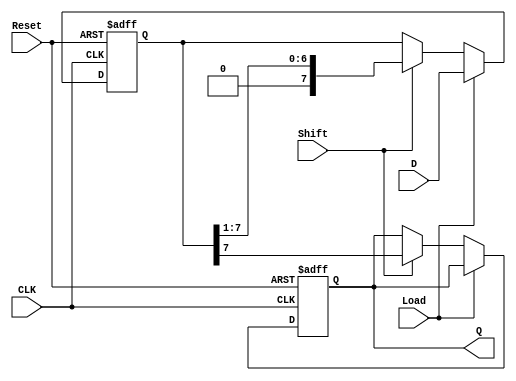
module PISO_Shift_Register #(
    parameter N = 8  // Number of bits in the register
)(
    input wire [N-1:0] D,    // Parallel data inputs
    input wire Shift,         // Shift control signal
    input wire Load,          // Load control signal
    input wire CLK,           // Clock input
    input wire Reset,         // Asynchronous reset
    output reg Q              // Serial output
);

    reg [N-1:0] shift_reg;    // Internal shift register

    always @(posedge CLK or posedge Reset) begin
        if (Reset) begin
            shift_reg <= {N{1'b0}}; // Clear the register on reset
            Q <= 1'b0;              // Clear the output
        end else begin
            if (Load) begin
                shift_reg <= D;     // Load parallel data into the register
            end else if (Shift) begin
                Q <= shift_reg[N-1]; // Output the MSB
                shift_reg <= {1'b0, shift_reg[N-1:1]}; // Shift right
            end
        end
    end

endmodule